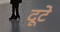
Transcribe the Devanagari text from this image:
दूटे